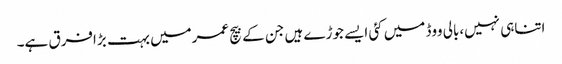
اتناہی نہیں،بالی ووڈ میں کئی ایسے جوڑے ہیں جن کے بیچ عمرمیں بہت بڑافرق ہے۔